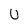
Character: U